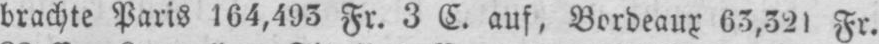
brachte Paris 164,493 Fr. 3 C. auf, Bordeaux 63,321 Fr.